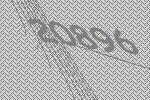
20896